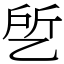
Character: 乺